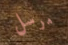
مرسل